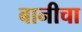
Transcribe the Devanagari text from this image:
बानीचा